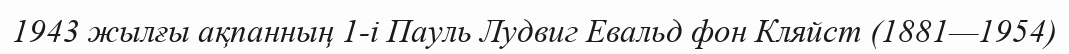
1943 жылғы ақпанның 1-і Пауль Лудвиг Евальд фон Кляйст (1881—1954)